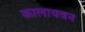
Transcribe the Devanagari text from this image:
कालायवन